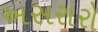
અસરારો